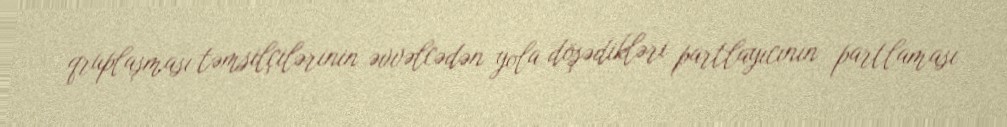
qruplaşması təmsilçilərinin əvvəlcədən yola döşədikləri partlayıcının partlaması